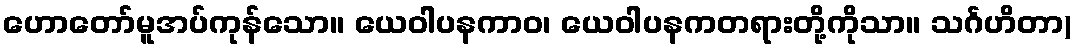
ဟောတော်မူအပ်ကုန်သော။ ယေဝါပနကာဝ၊ ယေဝါပနကတရားတို့ကိုသာ။ သင်္ဂဟိတာ)